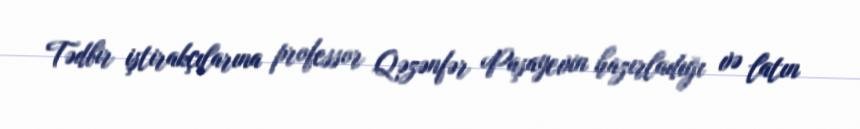
Tədbir iştirakçılarına professor Qəzənfər Paşayevin hazırladığı və latın